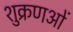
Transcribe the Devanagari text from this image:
शुक्रणओं